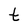
Character: t